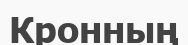
Кронның